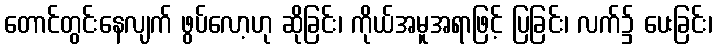
တောင်တွင်းနေလျက် ဖွပ်လော့ဟု ဆိုခြင်း၊ ကိုယ်အမူအရာဖြင့် ပြခြင်း၊ လက်၌ ပေးခြင်း၊